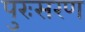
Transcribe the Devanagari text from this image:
पुरःसरण